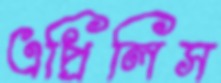
এপ্রিলিস